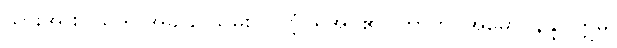
သားအား။ သဒါ၊ အခါခပ်သိမ်း။ လဗ္ဘံ၊ ရအပ်၏။ တာတ၊ အမောင်နန္ဒ။ ဣဓ၊